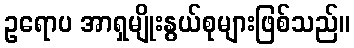
ဥရောပ အာရှမျိုးနွယ်စုများဖြစ်သည်။